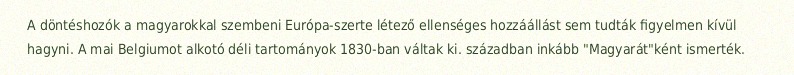
A döntéshozók a magyarokkal szembeni Európa-szerte létező ellenséges hozzáállást sem tudták figyelmen kívül hagyni. A mai Belgiumot alkotó déli tartományok 1830-ban váltak ki. században inkább "Magyarát"ként ismerték.